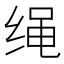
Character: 绳